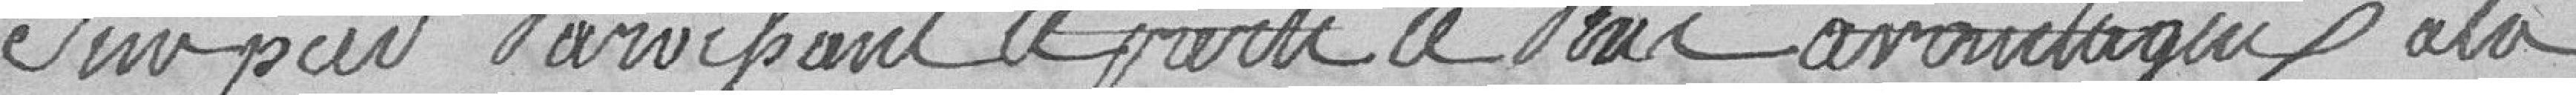
sur pied paraissant le parti le plus avantageux à la